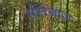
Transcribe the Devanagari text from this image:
सौदेबाज